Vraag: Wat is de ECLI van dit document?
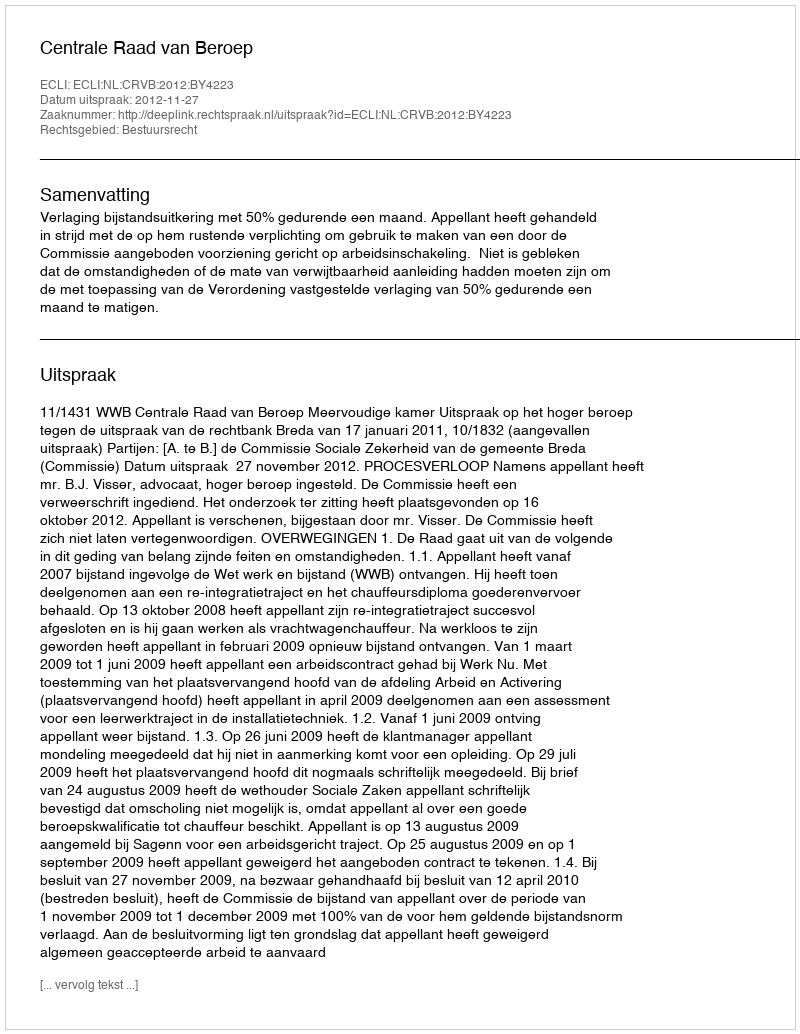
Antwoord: ECLI:NL:CRVB:2012:BY4223